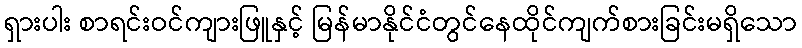
ရှားပါး စာရင်းဝင်ကျားဖြူနှင့် မြန်မာနိုင်ငံတွင်နေထိုင်ကျက်စားခြင်းမရှိသော